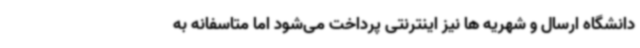
دانشگاه ارسال و شهریه ها نیز اینترنتی پرداخت می‌شود اما متاسفانه به